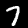
Digit: 7